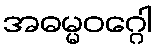
အဓမ္မဝဂ္ဂေါ